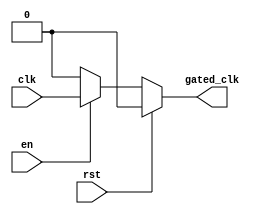
module clock_gating_buffer (
    input wire clk,     // Primary clock signal
    input wire en,      // Enable signal
    input wire rst,     // Asynchronous reset signal
    output reg gated_clk // Gated clock output
);

// Combinatorial logic for gated clock
always @* begin
    if (rst) begin
        gated_clk = 1'b0; // Hold the gated clock low when reset is asserted
    end else if (en) begin
        gated_clk = clk; // Pass through the input clock when enabled
    end else begin
        gated_clk = 1'b0; // Hold the gated clock low when not enabled
    end
end

endmodule